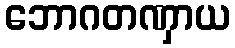
ဘောဂတဏှာယ